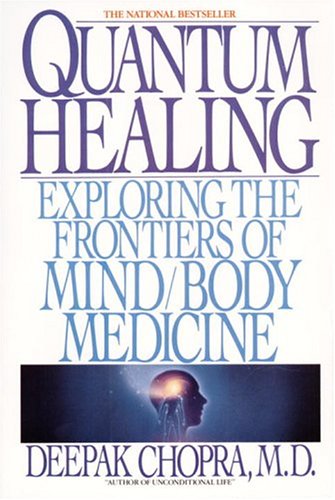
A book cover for Quantum Healing: Exploring the Frontiers of Mind/Body Medicine; Deepak Chopra; Health, Fitness & Dieting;